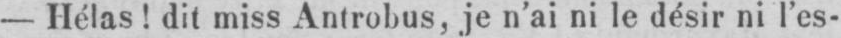
- Hélas! dit miss Antrobus, je n’ai ni le désir ni l’es-